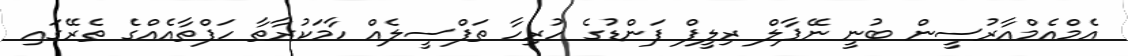
އެމްއެމްއާރުސީން ބުނީ ނޭޕާލް ރިލީފް ފަންޑުގެ ހުރިހާ ތަފްސީލެއް ހާމަކުރާތާ ހަފްތާއެއްގެ ތެރޭގައި